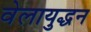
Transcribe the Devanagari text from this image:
वेलायुद्धन